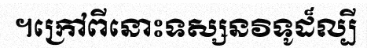
។ក្រៅពីនោះទស្សនវិទូដ៏ល្បី